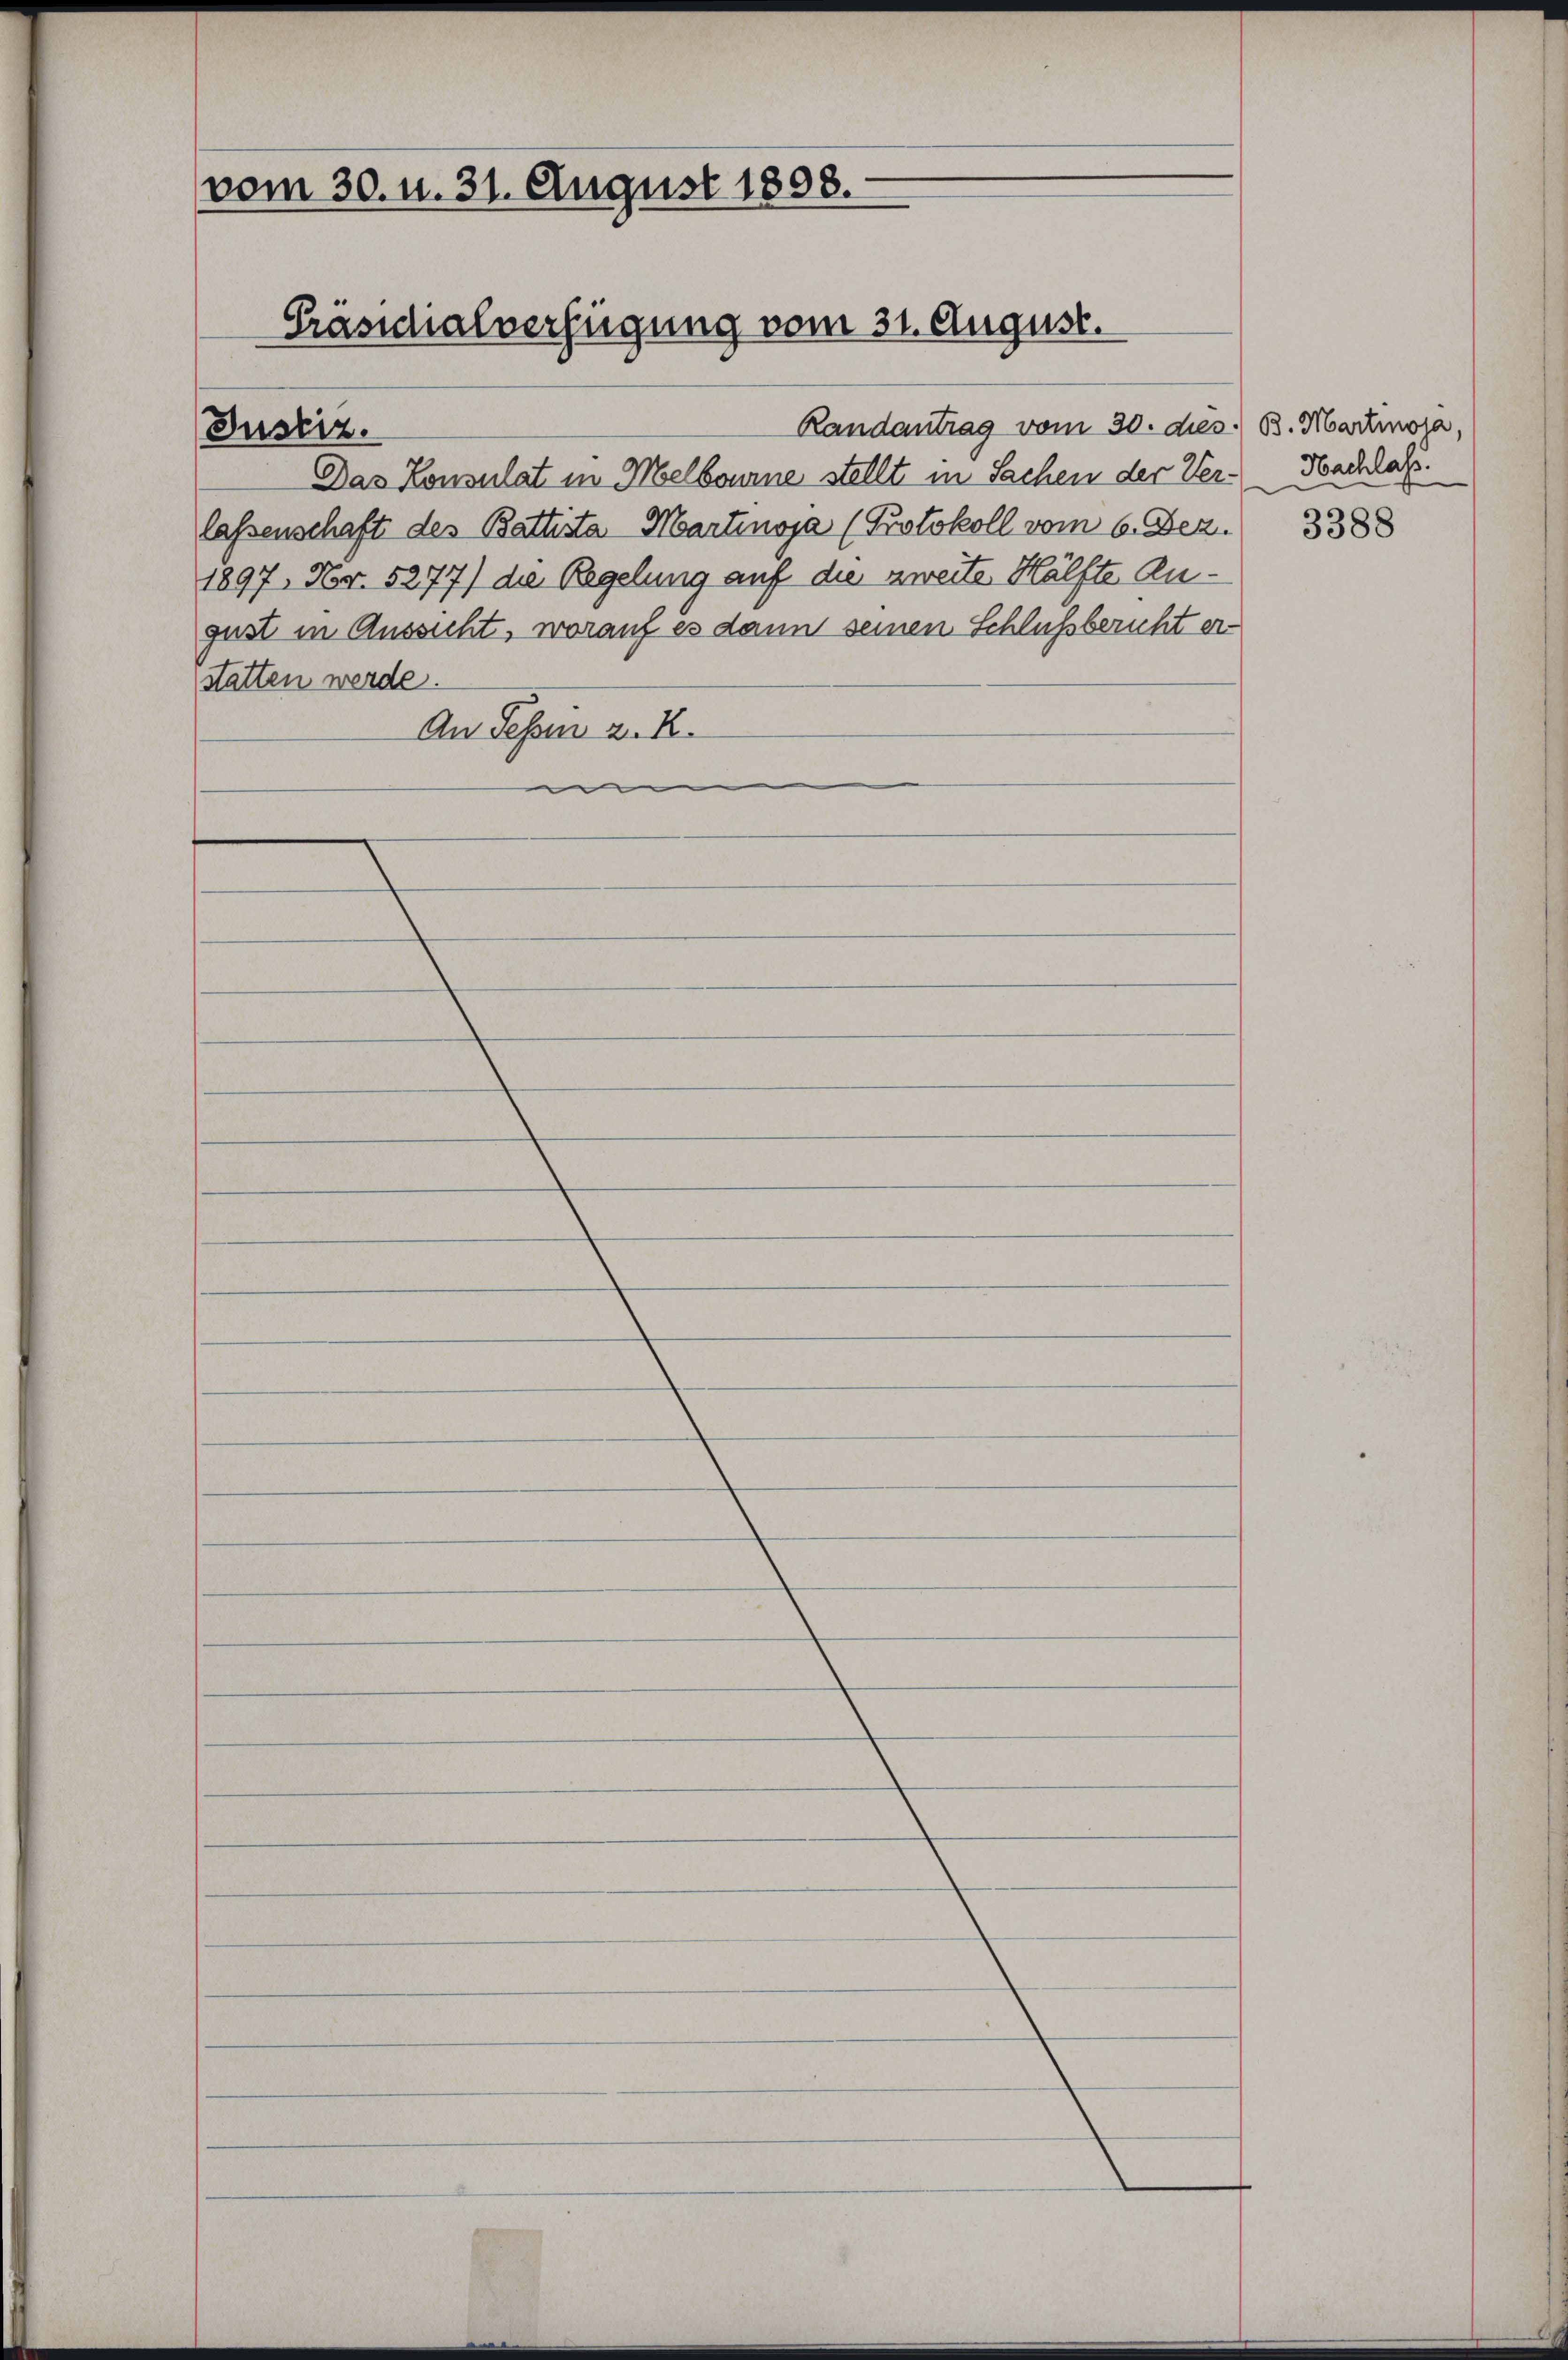
(vom 30. u. 31. August 1808.
Präsidialverfügung vom 31. August.

Justiz.

Randantrag vom 30. dies. B. Martimora.
Das Konsulat in Melbourne stellt in Sachen der Ver-Hachlass
lassenschaft des Battista Martinoja (Protokoll vom 6. Dez.
1897, Nr. 5277) die Regelung auf die zweite Hälfte Angust in Aussicht, worauf es dann seinen Schlussbericht erstatten werde.
An Fessen z. B.
mi

3388